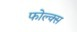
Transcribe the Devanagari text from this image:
फोल्क्स